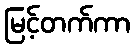
မြင့်တက်ကာ